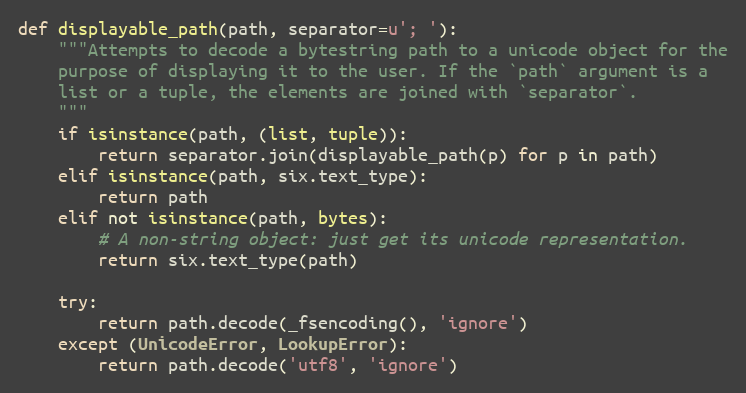
Language: Python
def displayable_path(path, separator=u'; '):
    """Attempts to decode a bytestring path to a unicode object for the
    purpose of displaying it to the user. If the `path` argument is a
    list or a tuple, the elements are joined with `separator`.
    """
    if isinstance(path, (list, tuple)):
        return separator.join(displayable_path(p) for p in path)
    elif isinstance(path, six.text_type):
        return path
    elif not isinstance(path, bytes):
        # A non-string object: just get its unicode representation.
        return six.text_type(path)

    try:
        return path.decode(_fsencoding(), 'ignore')
    except (UnicodeError, LookupError):
        return path.decode('utf8', 'ignore')